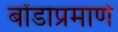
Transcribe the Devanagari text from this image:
बोंडाप्रमाणे